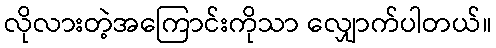
လိုလားတဲ့အကြောင်းကိုသာ လျှောက်ပါတယ်။